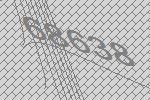
68638